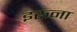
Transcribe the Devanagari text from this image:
इरुना